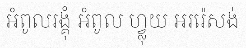
អំពូលរង្គុំ អំពូល ហ្វ្លុយ អររ៉េសង់